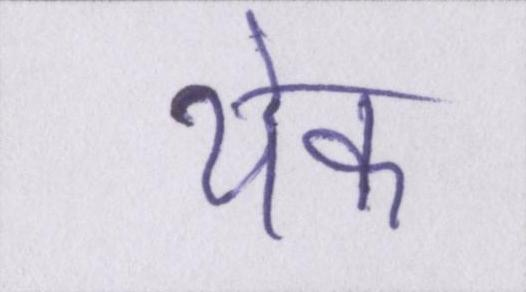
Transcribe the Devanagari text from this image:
येक